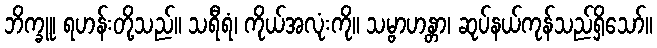
ဘိက္ခူ၊ ရဟန်းတို့သည်။ သရီရံ၊ ကိုယ်အလုံးကို။ သမ္ဗာဟန္တာ၊ ဆုပ်နယ်ကုန်သည်ရှိသော်။